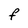
Character: F